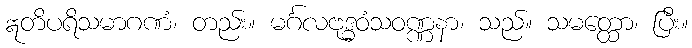
ဣတိပရိသမာဂဏံ၊ တည်း။ မင်္ဂလဗုဒ္ဓဝံသဝဏ္ဏနာ၊ သည်။ သမတ္ထော၊ ပြီး။